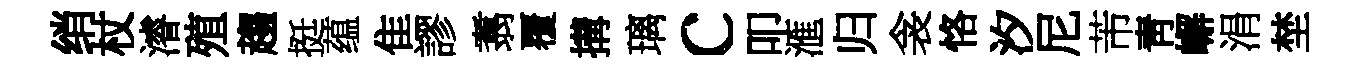
绡杖濬殖趨挺蕴隹謬翥覆搆璃c叩滙归衾恪汐尼芾靑嶰涓埜